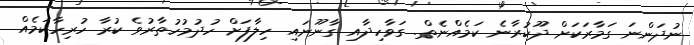
ނުދަންނަ ގަމާރަކަށް ދޫކުރާނެ ކަމެއްނެތް. ގަވާހިދާއި ގާނޫނައި ހިލާފަށް ހުދުމުހުތާރުވެ ކުރާ ހުރިހާކަމެއް